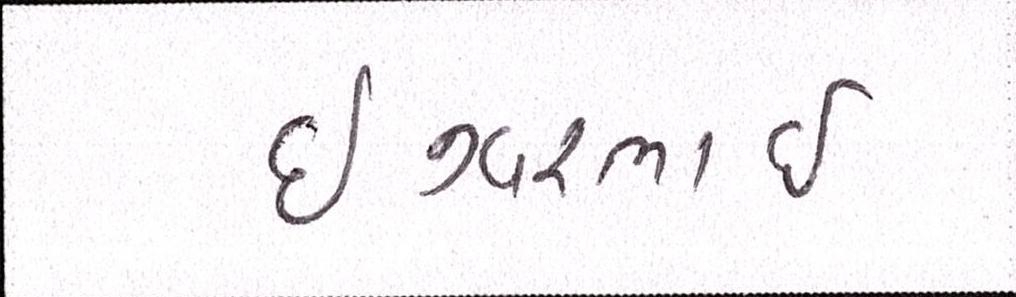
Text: ઇશ્વરભાઇ